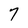
Character: 7